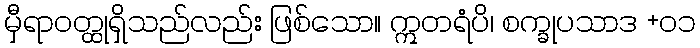
မှီရာဝတ္ထုရှိသည်လည်း ဖြစ်သော။ ဣတရံပိ၊ စက္ခုပသာဒ +၀၁